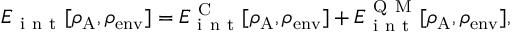
\begin{array} { r } { E _ { \mathrm { ~ i ~ n ~ t ~ } } [ \rho _ { \mathrm { A } } , \rho _ { \mathrm { e n v } } ] = E _ { \mathrm { ~ i ~ n ~ t ~ } } ^ { \mathrm { ~ C ~ } } [ \rho _ { \mathrm { A } } , \rho _ { \mathrm { e n v } } ] + E _ { \mathrm { ~ i ~ n ~ t ~ } } ^ { \mathrm { ~ Q ~ M ~ } } [ \rho _ { \mathrm { A } } , \rho _ { \mathrm { e n v } } ] , } \end{array}